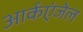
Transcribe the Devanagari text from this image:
आर्कएंजेल